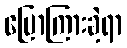
ပြောကြားခဲ့ရာ